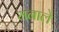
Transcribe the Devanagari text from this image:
मनाले